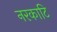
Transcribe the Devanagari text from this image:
नरकाटि